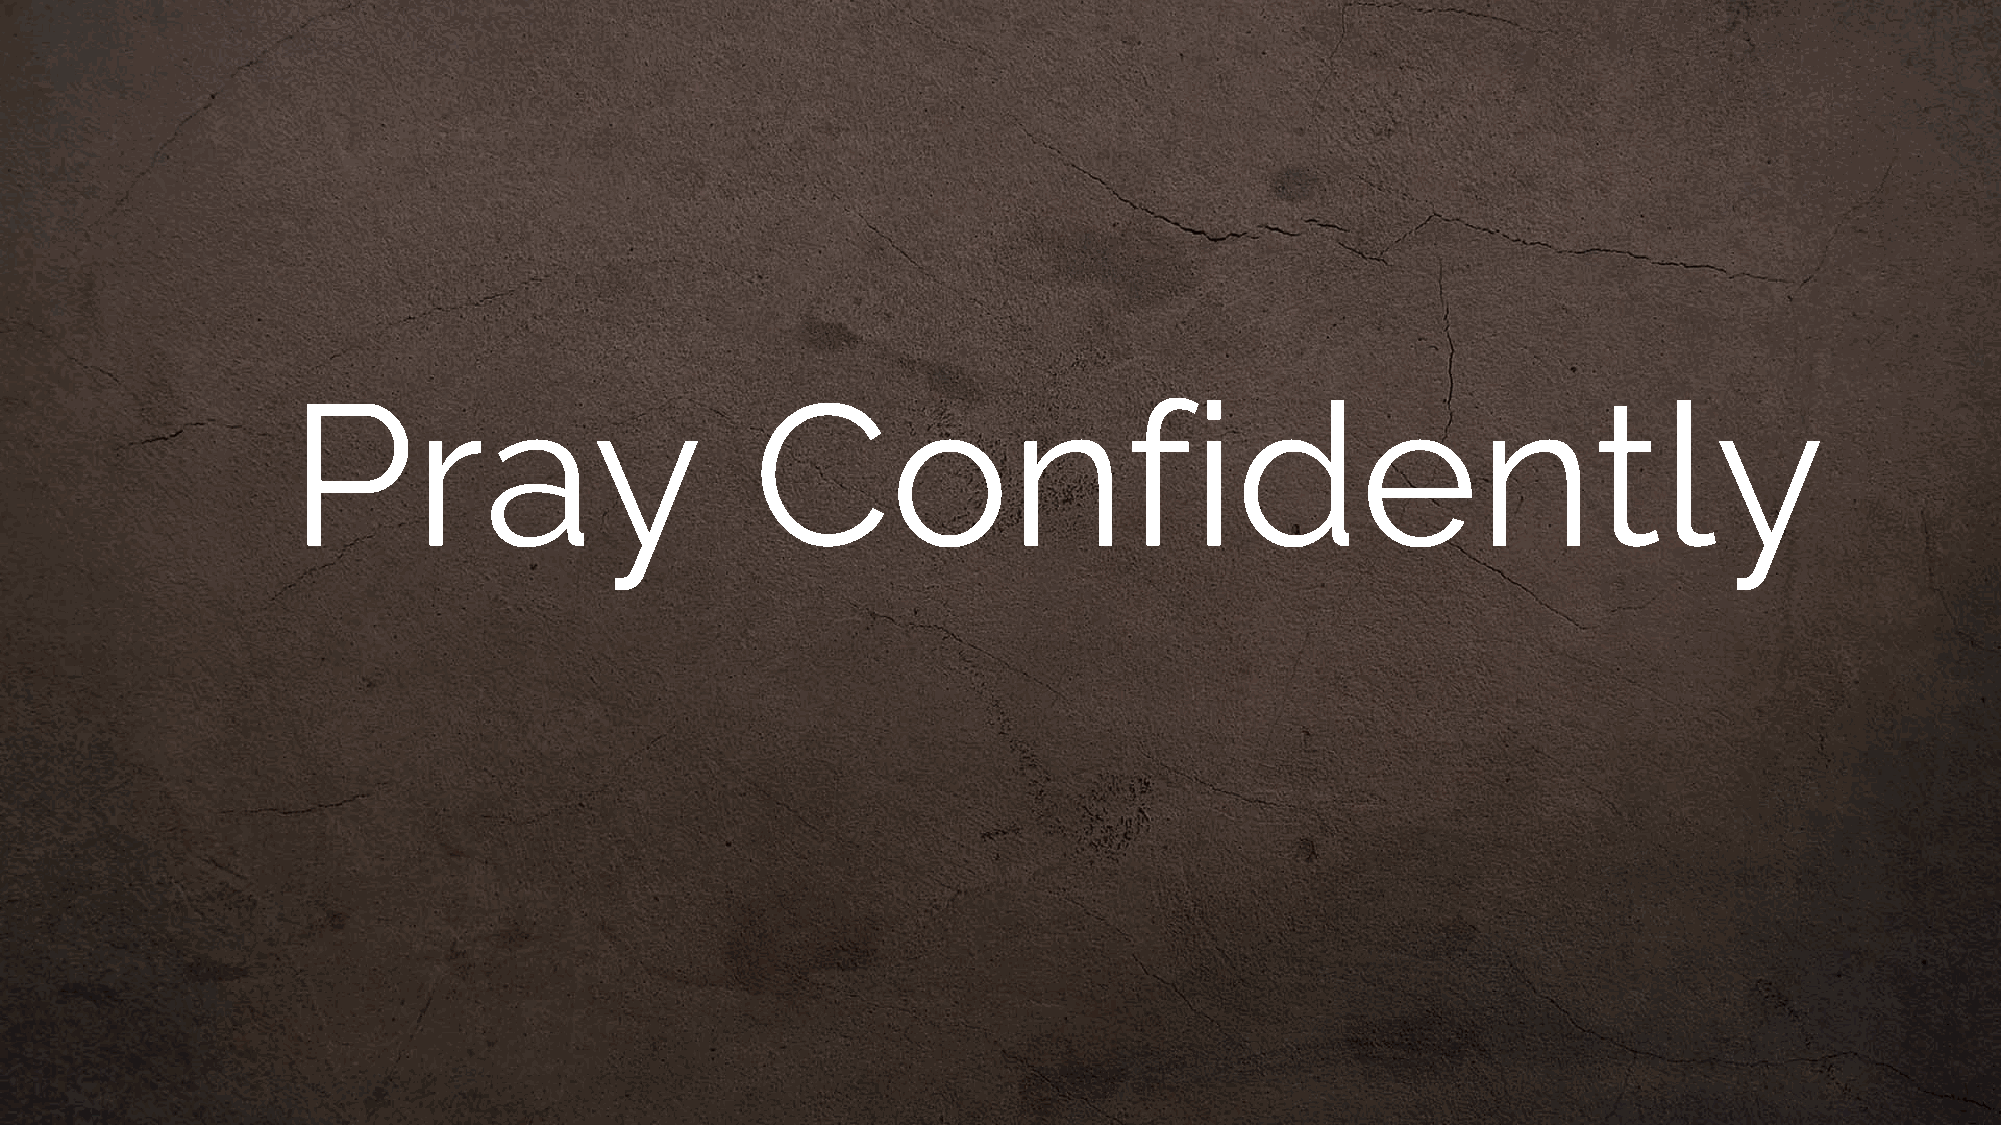
Pray                           Confidently